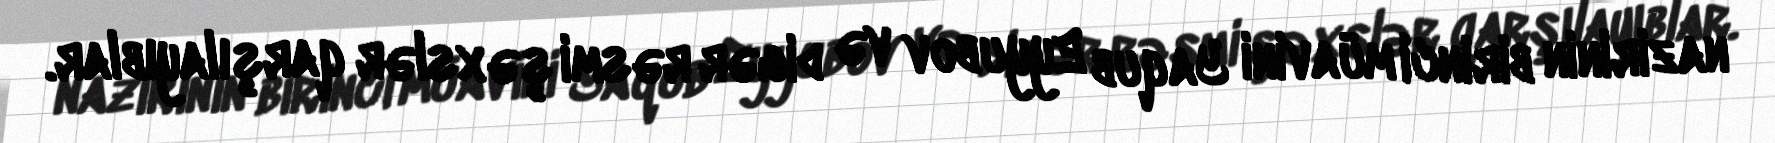
nazirinin birinci müavini Yaqub Eyyubov və digər rəsmi şəxslər qarşılayıblar.